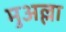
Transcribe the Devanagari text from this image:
मुअल्ला